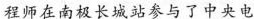
程师在南极长城站参与了中央电